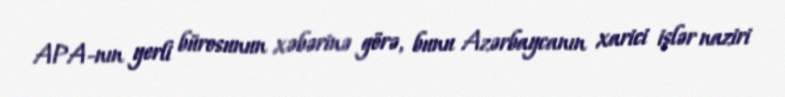
APA-nın yerli bürosunun xəbərinə görə, bunu Azərbaycanın xarici işlər naziri